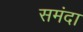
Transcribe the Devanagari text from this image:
समंदा